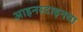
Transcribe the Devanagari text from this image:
आइनस्टाइनचा